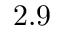
2 . 9